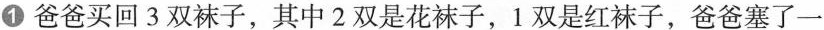
① 爸爸买回3双袜子，其中2双是花袜子，1双是红袜子，爸爸塞了一